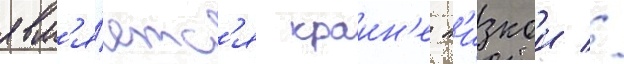
явл'я́етс'я краин'е н'изкои //